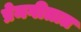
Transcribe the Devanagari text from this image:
प्रेमगीतात